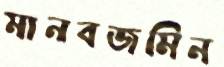
মানবজমিন